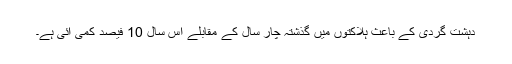
دہشت گردی کے باعث ہلاکتوں میں گذشتہ چار سال کے مقابلے اس سال 10 فیصد کمی آئی ہے۔